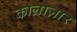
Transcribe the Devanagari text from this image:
कालाज़ार